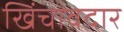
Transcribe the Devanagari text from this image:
खिंचावदार